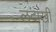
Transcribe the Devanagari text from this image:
लदाखी